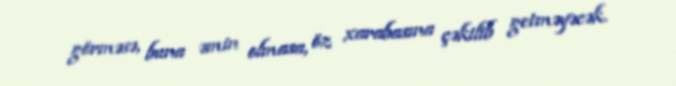
görməsə, buna əmin olmasa, öz xarabasına çəkilib getməyəcək.